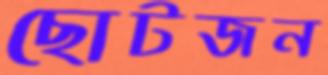
ছোটজন